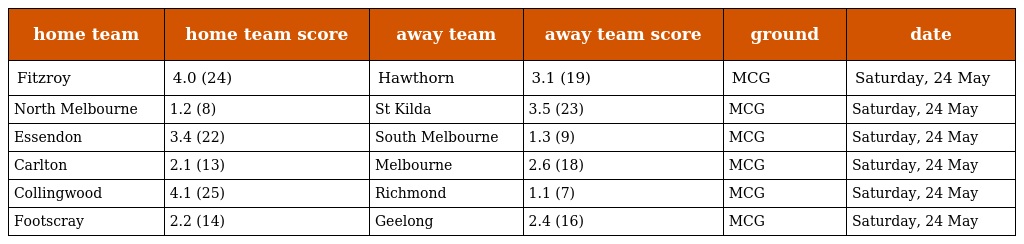
| home team | home team score | away team | away team score | ground | date |
 | --- | --- | --- | --- | --- | --- |
 | Fitzroy | 4.0 (24) | Hawthorn | 3.1 (19) | MCG | Saturday, 24 May |
 | North Melbourne | 1.2 (8) | St Kilda | 3.5 (23) | MCG | Saturday, 24 May |
 | Essendon | 3.4 (22) | South Melbourne | 1.3 (9) | MCG | Saturday, 24 May |
 | Carlton | 2.1 (13) | Melbourne | 2.6 (18) | MCG | Saturday, 24 May |
 | Collingwood | 4.1 (25) | Richmond | 1.1 (7) | MCG | Saturday, 24 May |
 | Footscray | 2.2 (14) | Geelong | 2.4 (16) | MCG | Saturday, 24 May |